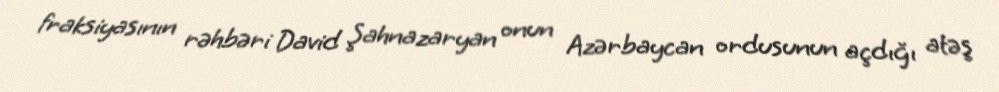
fraksiyasının rəhbəri David Şahnazaryan onun Azərbaycan ordusunun açdığı atəş